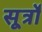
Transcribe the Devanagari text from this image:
सूर्त्रों